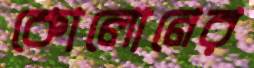
কোলোনের